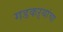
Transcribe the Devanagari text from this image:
गडकऱ्यांचा